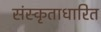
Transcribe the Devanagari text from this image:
संस्कृताधारित